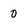
Character: 0